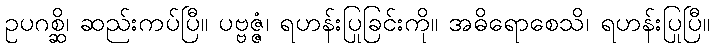
ဥပဂစ္ဆိ၊ ဆည်းကပ်ပြီ။ ပဗ္ဗဇ္ဇံ၊ ရဟန်းပြုခြင်းကို။ အဓိရောစေသိ၊ ရဟန်းပြုပြီ။